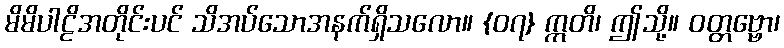
မိမိပါဠိအတိုင်းပင် သိအပ်သောအနက်ရှိသလော။ {၀၇} ဣတိ၊ ဤသို့။ ဝတ္တဗ္ဗော၊